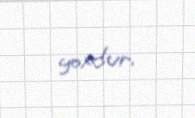
yoxdur.